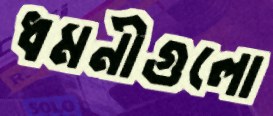
ধমনীগুলো